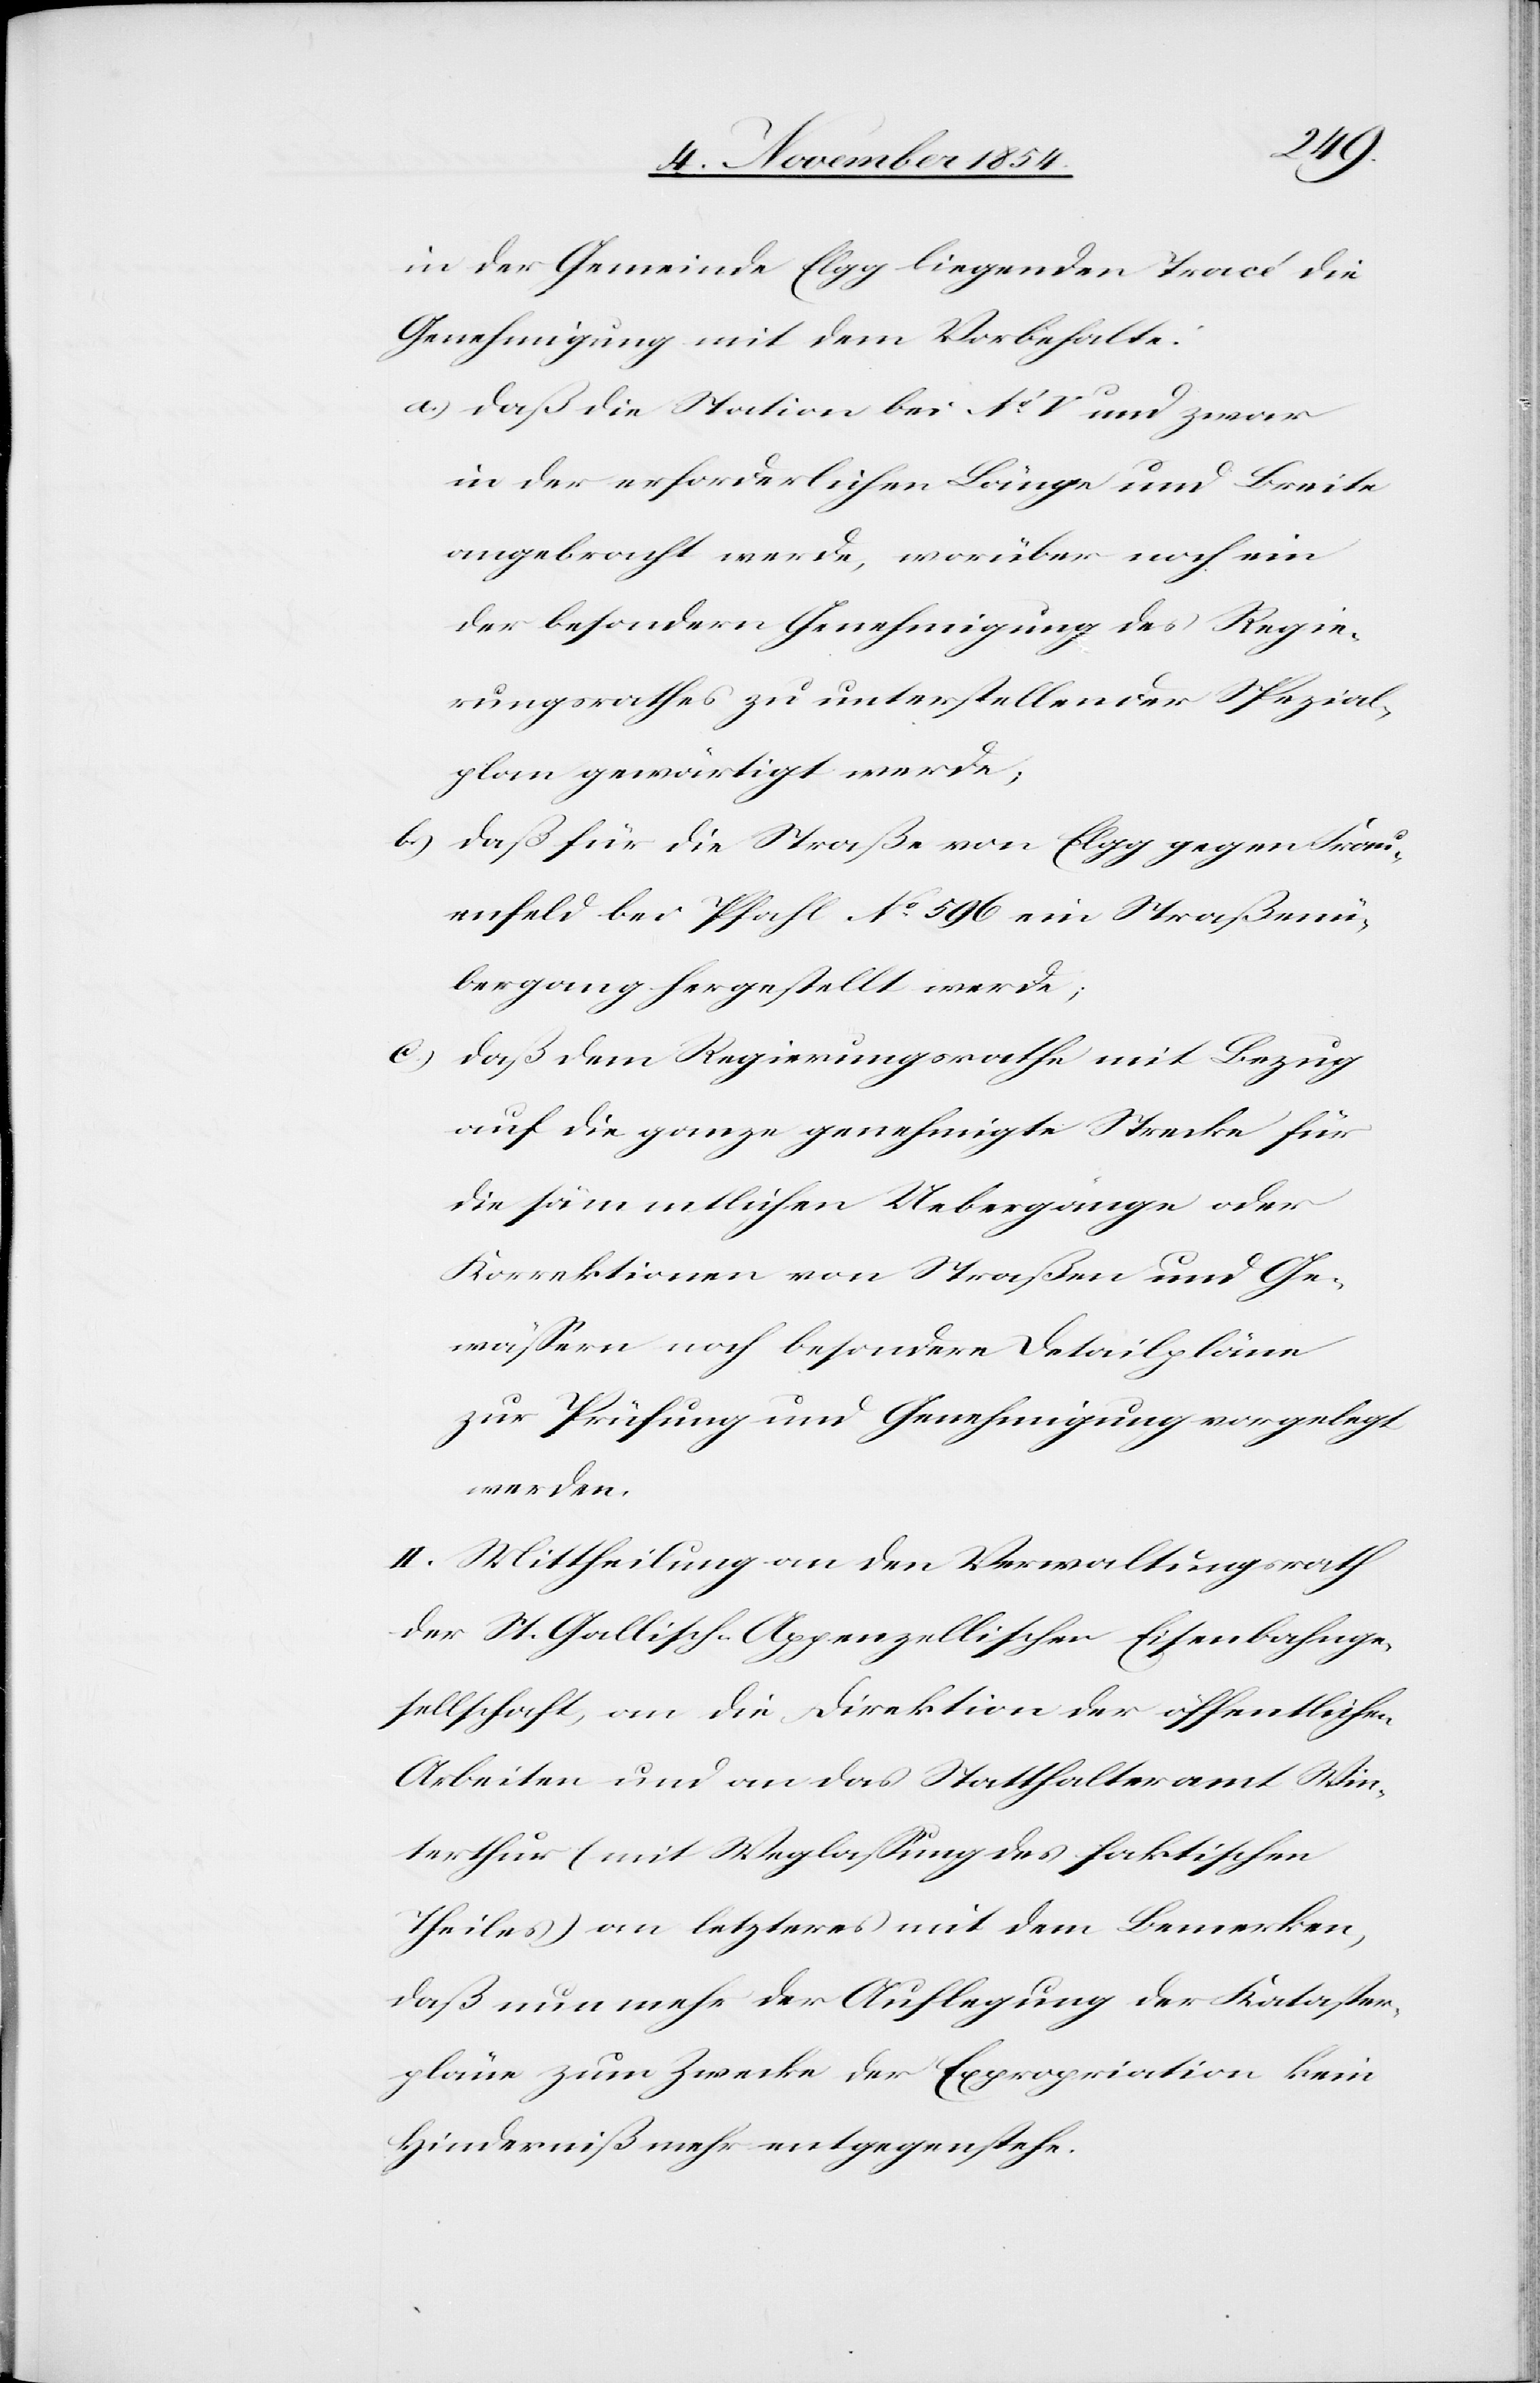
in der Gemeinde Elgg liegenden Tracé die
Genehmigung mit dem Vorbehalte:
a.) daß die Station bei No V und zwar
in der erforderlichen Länge und Breite
angebracht werde, worüber noch ein
der besondern Genehmigung des Regie¬
rungsrathes zu unterstellender Spezial¬
plan gewärtigt werde;
b.) daß für die Straße von Elgg gegen Frau¬
enfeld bei Pfahl No 596 ein Straßenü¬
bergang hergestellt werde,
c.) daß dem Regierungsrathe mit Bezug
auf die ganze genehmigte Strecke für
die sämmtlichen Uebergänge oder
Korrektionen von Straßen und Ge¬
wäßern noch besondere Detailpläne
zur Prüfung und Genehmigung vorgelegt
werden.
II. Mittheilung an den Verwaltungsrath
der St. Gallisch-Appenzellischen Eisenbahnge¬
sellschaft, an die Direktion der öffentlichen
Arbeiten und an das Statthalteramt Win¬
terthur (mit Weglaßung des faktischen
Theiles) an letzteres mit dem Bemerken,
daß nun mehr der Auflegung der Kataster¬
pläne zum Zwecke der Expropriation kein
Hinderniß mehr entgegenstehe.